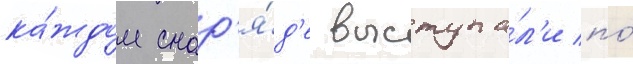
ка́ждом снар'я́д'е выступа́л'и по́